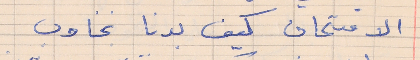
الامتحان كيف بدنا نجاوب